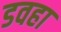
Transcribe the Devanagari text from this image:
डवहा